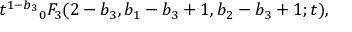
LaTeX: { t ^ { 1 - b _ { 3 } } } _ { 0 } F _ { 3 } ( 2 - b _ { 3 } , b _ { 1 } - b _ { 3 } + 1 , b _ { 2 } - b _ { 3 } + 1 ; t ) ,